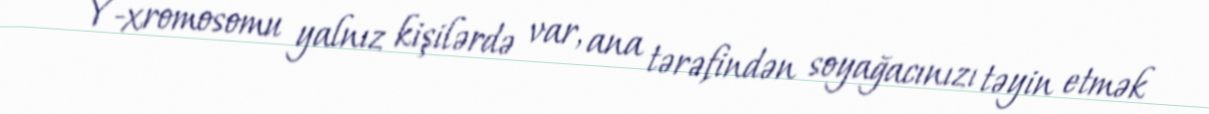
Y-xromosomu yalnız kişilərdə var, ana tərəfindən soyağacınızı təyin etmək